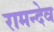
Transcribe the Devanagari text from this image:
रामन्देव